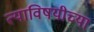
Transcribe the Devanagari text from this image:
त्याविषयीच्या